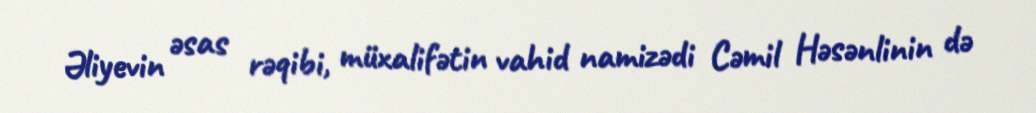
Əliyevin əsas rəqibi, müxalifətin vahid namizədi Cəmil Həsənlinin də